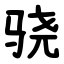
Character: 骁